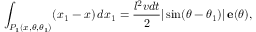
\int _ { P _ { 1 } ( x , \theta , \theta _ { 1 } ) } ( x _ { 1 } - x ) \, d x _ { 1 } { } = { } \frac { l ^ { 2 } v d t } { 2 } | \sin ( \theta - \theta _ { 1 } ) | \, { \bf e } ( \theta ) ,